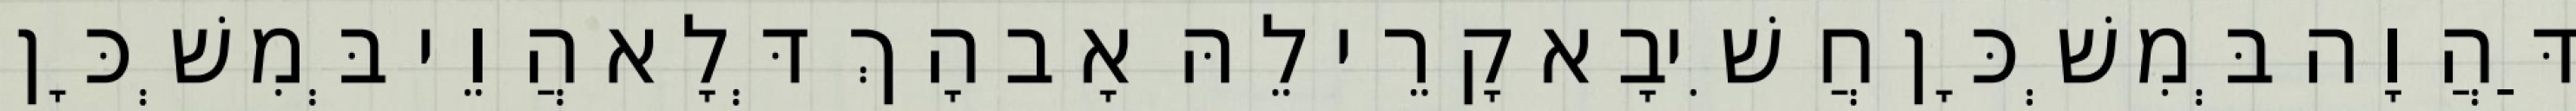
דַּהֲוָה בְּמִשְׁכָּן חֲשִׁיבָא קָרֵי לֵהּ אָב הָךְ דְּלָא הֲוֵי בְּמִשְׁכָּן